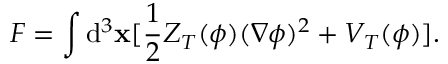
F = \int \mathrm { d } ^ { 3 } { \bf x } [ \frac { 1 } { 2 } Z _ { T } ( \phi ) ( \nabla \phi ) ^ { 2 } + V _ { T } ( \phi ) ] .